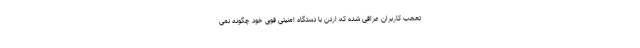
تعجب کاربران عراقی شده که اردن با دستگاه امنیتی قوی خود چگونه نمی